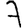
Digit: 7